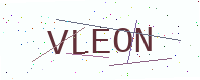
Text: VLEON